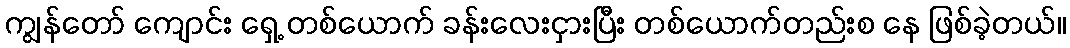
ကျွန်တော် ကျောင်း ရှေ့ တစ်ယောက် ခန်းလေးငှားပြီး တစ်ယောက်တည်းစ နေ ဖြစ်ခဲ့တယ်။